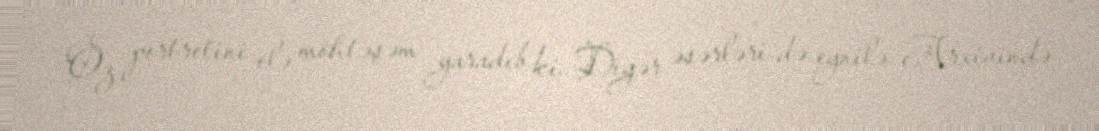
Öz portretini elə möhtəşəm yaradıb ki…Digər əsərləri də eynilə…Arxivində